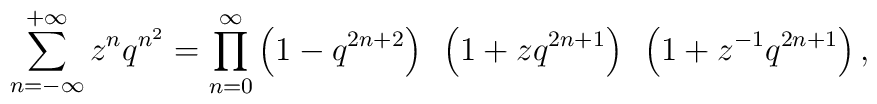
\sum_{n=-\infty}^{+\infty} z^n q^{n^2} = \prod_{n=0}^\infty\left(1-q^{2n+2}\right)~\left(1+zq^{2n+1}\right)~\left(1+z^{-1}q^{2n+1}\right),